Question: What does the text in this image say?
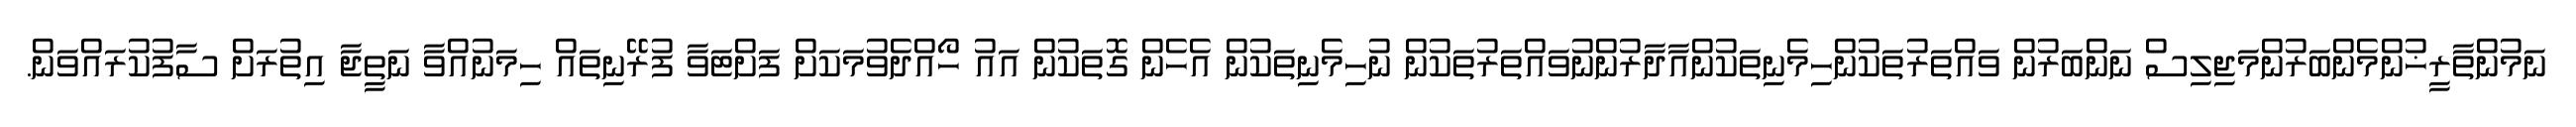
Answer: ނަމުންތާރީޚުންމެންބަރުންމަޖިލިސް ނަންބަރުން ވައްތަރުތަކުންހިމެނިތަކުންއާދާރުންނުވައްތަރުތަކުން ނުހިމެނިތަކުން އެހެން ގޮތަކުން އައު ހޯއްދެވުމަކަށް ފަށްޓަވާ ފުރޭނިތައް ހިމަނުއްވާ ނަތީޖާ އިތުރަށް ސާފުކުރައްވަން.